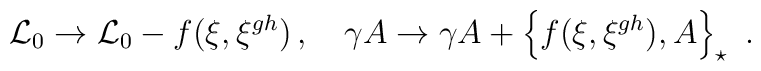
{\mathcal{L}_{0}}\rightarrow {\mathcal{L}_{0}}-f(\xi ,\xi ^{gh})\,,\quad\gamma A\rightarrow \gamma A+\left\{ f(\xi ,\xi ^{gh}),A\right\} _{\star}\,\,.